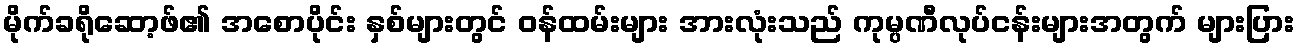
မိုက်ခရိုဆော့ဖ်၏ အစောပိုင်း နှစ်များတွင် ဝန်ထမ်းများ အားလုံးသည် ကုမ္ပဏီလုပ်ငန်းများအတွက် များပြား